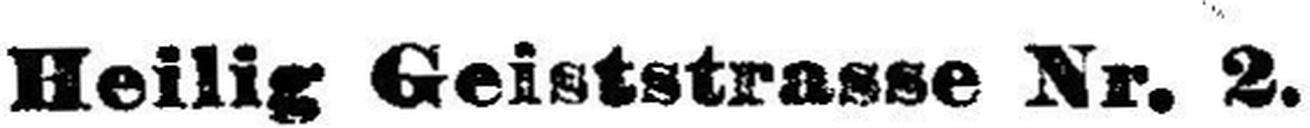
Heilig Geiststrasse Nr. 2.